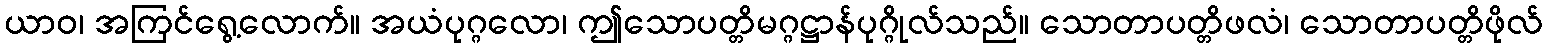
ယာဝ၊ အကြင်ရွေ့လောက်။ အယံပုဂ္ဂလော၊ ဤသောပတ္တိမဂ္ဂဋ္ဌာန်ပုဂ္ဂိုလ်သည်။ သောတာပတ္တိဖလံ၊ သောတာပတ္တိဖိုလ်